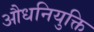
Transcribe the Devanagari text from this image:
औधनियुक्ति